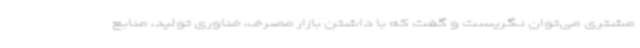
مشتری می‌توان نگریست و گفت که با داشتن بازار مصرف، فناوری تولید، منابع